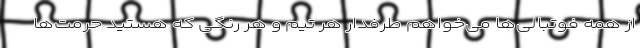
از همه فوتبالی‌ها می‌خواهم طرفدار هر تیم و هر رنگی که هستید حرمت‌ها